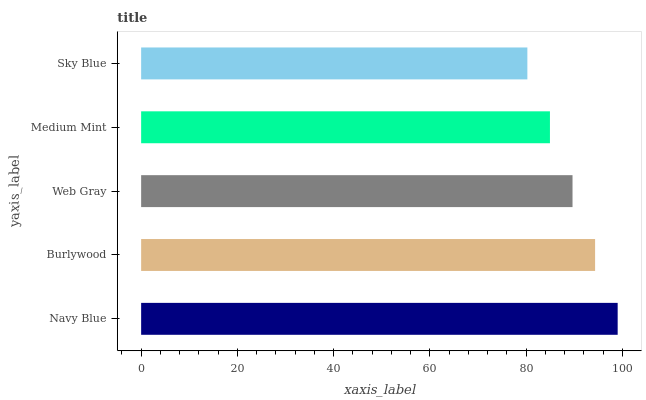
| yaxis_label | bars |
 | --- | --- |
 | Navy Blue | 99 |
 | Burlywood | 94.3 |
 | Web Gray | 89.6 |
 | Medium Mint | 84.9 |
 | Sky Blue | 80.2 |